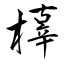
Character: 橭